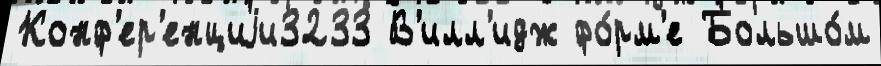
Конф'ер'енциjи3233 В'илл'идж фо́рм'е Большо́м